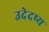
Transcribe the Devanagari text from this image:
उदेदष्य